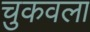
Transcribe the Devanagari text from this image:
चुकवला